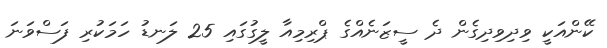
ކޭންއަކީ ވިދިވިދިގެން ދެ ސީޒަނެއްގެ ޕްރިމިއާ ލީގުގައި 25 ލަނޑު ހަމަކުރި ފަސްވަނަ